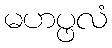
မဟပ္ဖလံ